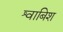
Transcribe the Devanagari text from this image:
श्वाबिश